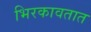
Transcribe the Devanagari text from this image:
भिरकावतात